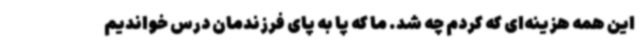
این همه هزینه‌ای که کردم چه شد. ما که پا به پای فرزندمان درس خواندیم